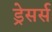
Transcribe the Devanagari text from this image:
ड्रेसर्स